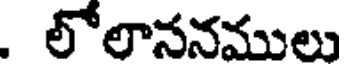
. లోలాననములు